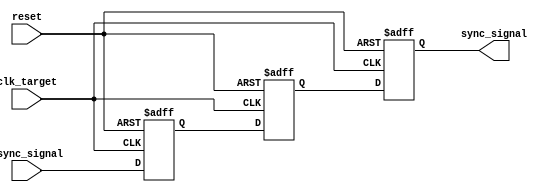
module signal_crossing_synchronizer (
    input wire clk_target,      // Target clock domain
    input wire async_signal,    // Asynchronous input signal
    input wire reset,           // Optional reset signal
    output reg sync_signal      // Synchronized output signal
);

    // Internal signals for the dual flip-flop synchronizer
    reg ff1, ff2;

    // Dual flip-flop synchronizer process
    always @(posedge clk_target or posedge reset) begin
        if (reset) begin
            ff1 <= 1'b0;         // Initialize FF1 to 0 on reset
            ff2 <= 1'b0;         // Initialize FF2 to 0 on reset
            sync_signal <= 1'b0; // Initialize output to 0 on reset
        end else begin
            ff1 <= async_signal;  // Capture the asynchronous signal in FF1
            ff2 <= ff1;           // Capture the output of FF1 in FF2
            sync_signal <= ff2;   // Output the synchronized signal
        end
    end

endmodule